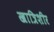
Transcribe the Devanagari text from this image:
खात्रिशीर